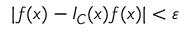
| f ( x ) - I _ { C } ( x ) f ( x ) | < \varepsilon